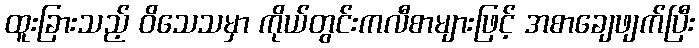
ထူးခြားသည့် ဝိသေသမှာ ကိုယ်တွင်းကလီစာများဖြင့် အစာချေဖျက်ပြီး